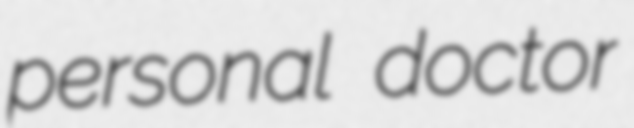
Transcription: personal doctor